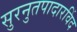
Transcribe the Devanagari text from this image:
सुरनुतपादारविंद